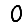
Digit: 0